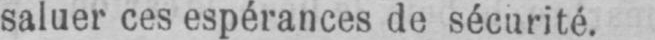
saluer ces espérances de sécurité.